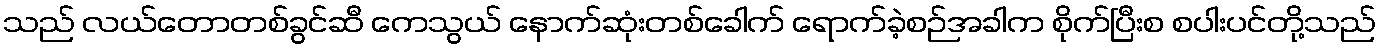
သည် လယ်တောတစ်ခွင်ဆီ ကေသွယ် နောက်ဆုံးတစ်ခေါက် ရောက်ခဲ့စဉ်အခါက စိုက်ပြီးစ စပါးပင်တို့သည်